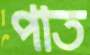
পাত